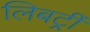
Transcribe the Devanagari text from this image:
लिबर्ट्री